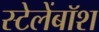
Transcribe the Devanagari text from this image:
स्टेलेंबॉश